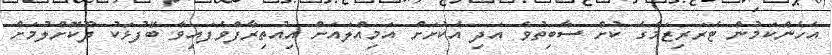
އެހެންކަމުން ޓެރަރިޒަމްގެ ކުށް ސާބިތުވެ އަދި އެކުށަށް އަމިއްލައަށް އިއުތިރާފްވެފައިވާ ބޭފުޅަކު ދޫކޮށްލުމަށް